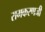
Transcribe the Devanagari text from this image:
रामकरणजी